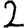
Digit: 2